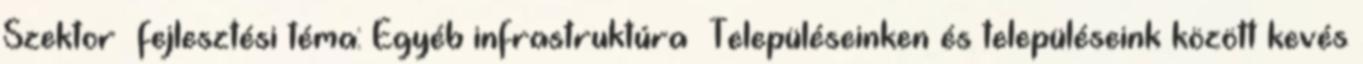
Szektor fejlesztési téma: Egyéb infrastruktúra ▪Településeinken és településeink között kevés